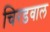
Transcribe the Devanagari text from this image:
चिरडवाल